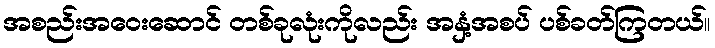
အစည်းအဝေးဆောင် တစ်ခုလုံးကိုလည်း အနှံ့အစပ် ပစ်ခတ်ကြတယ်။